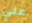
علي